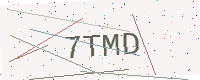
Text: 7TMD